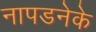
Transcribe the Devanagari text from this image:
नापडनेके